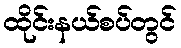
ထိုင်းနယ်စပ်တွင်